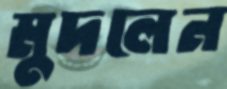
মুদলেন